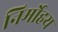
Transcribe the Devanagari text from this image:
निर्मोहय